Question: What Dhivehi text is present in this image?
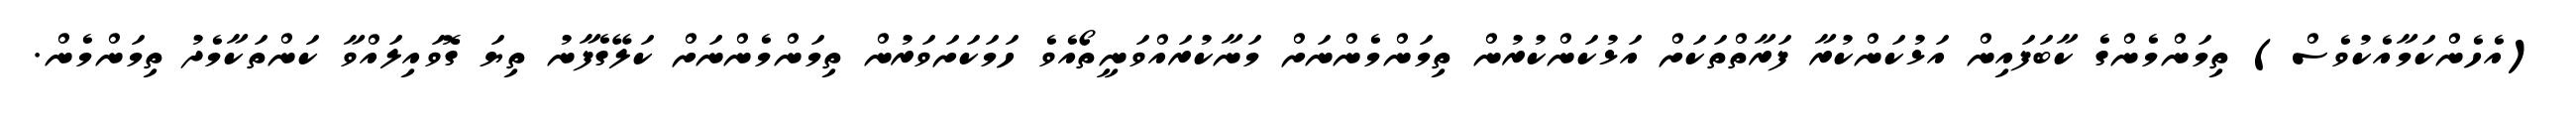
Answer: (އެހެންކަމާއެކުވެސް) ތިމަންމެންގެ ކާބަފައިން އަޅުކަންކުރާ ފަރާތްތަކަށް އަޅުކަންކުރުން ތިމަންމެންނަށް މަނާކުރައްވަނީތޯއެވެ ހަމަކަށަވަރުން ތިމަންމެންނަށް ކަލޭގެފާނު ތިޔަ ގޮވައިލައްވާ ކަންތަކާމެދު ތިމަންމެން.